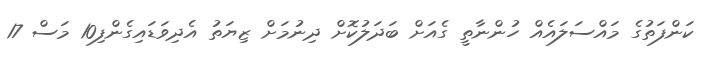
ކަންފަތުގެ މައްސަލައެއް ހުންނާތީ ގެއަށް ބަދަލުކޮށް ދިނުމަށް ޒިޔަތު އެދިވަޑައިގެންފި10 މަސް 17